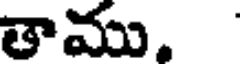
తాము.